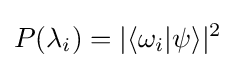
P(\lambda _{i})=|\langle \omega _{i}|\psi \rangle |^{2}